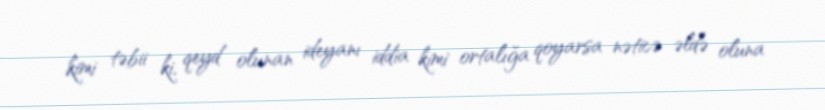
kimi təbii ki, qeyd olunan ideyanı iddia kimi ortalığa qoyarsa nəticə əldə oluna